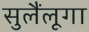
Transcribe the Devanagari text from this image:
सुलैंलूगा